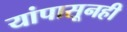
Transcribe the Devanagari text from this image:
यांपासूनही